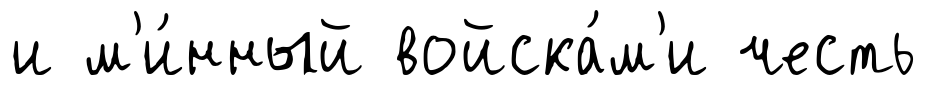
и м'и́нный войска́м'и честь